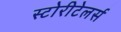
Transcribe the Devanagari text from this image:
स्टोरीटेलर्स